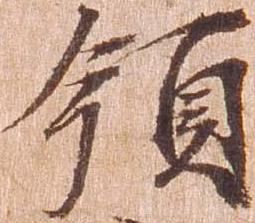
領